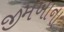
જીમખાના